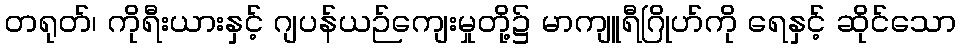
တရုတ်၊ ကိုရီးယားနှင့် ဂျပန်ယဉ်ကျေးမှုတို့၌ မာကျူရီဂြိုဟ်ကို ရေနှင့် ဆိုင်သော